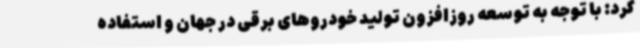
کرد: با توجه به توسعه روزافزون تولید خودروهای برقی در جهان و استفاده